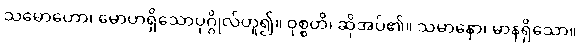
သမောဟော၊ မောဟရှိသောပုဂ္ဂိုလ်ဟူ၍။ ဝုစ္စတိ၊ ဆိုအပ်၏။ သမာနော၊ မာနရှိသော။